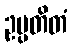
ဥပ္ပတိတံ